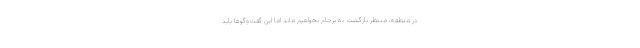
در منطقه، منتظر بازگشت به برجام نخواهیم ماند اما این گفت‌وگوها باید